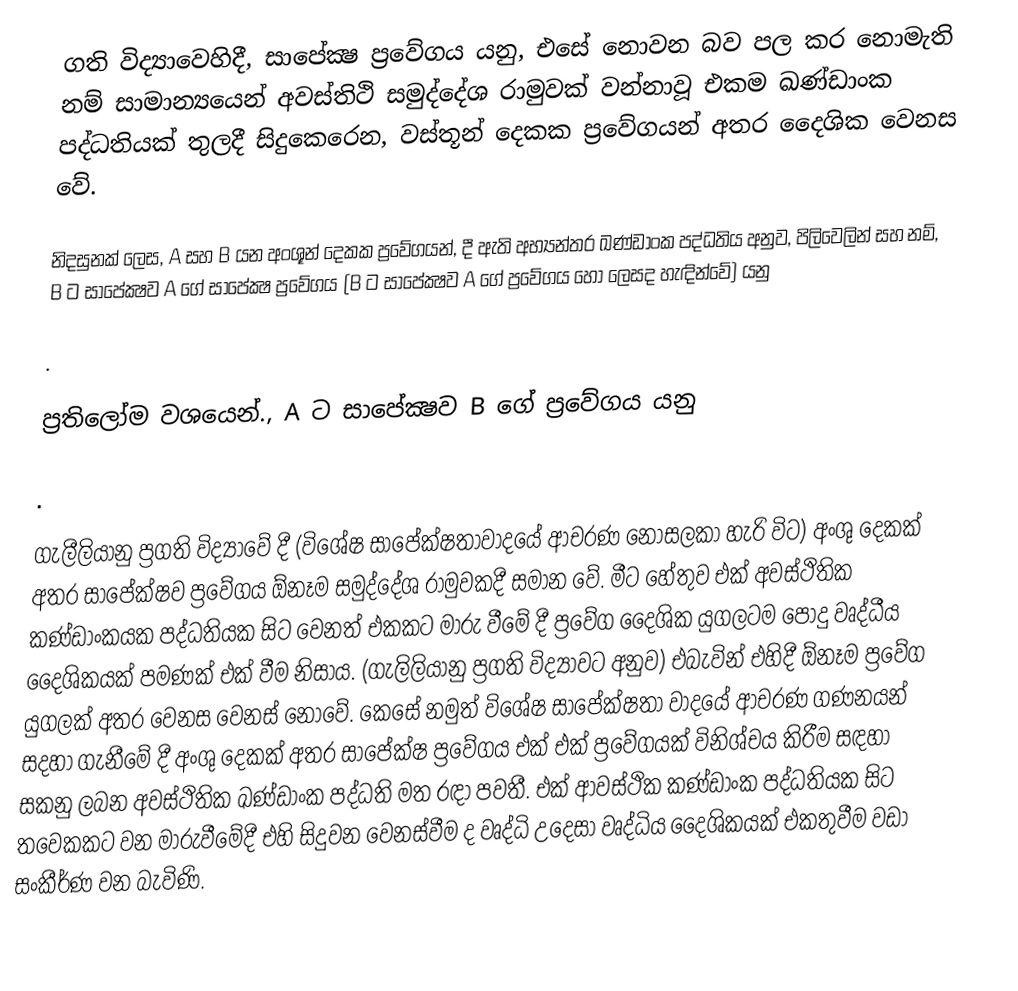
ගති විද්‍යාවෙහිදී, සාපේක්‍ෂ ප්‍රවේගය යනු, එසේ නො‍වන බව පල කර නොමැති නම් සාමාන්‍යයෙන්  අවස්තිථි සමුද්දේශ රාමුවක් වන්නාවූ එකම ඛණ්ඩාංක පද්ධතියක් තුලදී සිදුකෙරෙන,  වස්තූන් දෙකක ප්‍රවේගයන් අතර දෛශික වෙනස වේ.

නිදසුනක් ලෙස, A සහ B යන අංශූන් දෙකක ප්‍රවේගයන්, දී ඇති අභ්‍යන්තර ඛණ්ඩාංක පද්ධතිය අනුව, පිලිවෙලින්   සහ  නම්, B ට සාපේක්‍ෂව  A ගේ සාපේක්‍ෂ ප්‍රවේගය (B ට සාපේක්‍ෂව A ගේ ප්‍රවේගය හෝ  ලෙසද හැඳින්වේ) යනු

.

ප්‍රතිලෝම වශයෙන්., A ට සාපේක්‍ෂව B ගේ ප්‍රවේගය යනු

.

ගැලීලියානු ප්‍රගති විද්‍යාවේ දී (විශේෂ සාපේක්ෂතාවාදයේ  ආචරණ නොසලකා හැරි විට) අංශු දෙකක් අතර සාපේක්ෂව ප්‍රවේගය ඕනෑම සමුද්දේශ රාමුවකදී සමාන වේ. මීට හේතුව එක් අවස්ථිතික කණ්ඩාංකයක පද්ධතියක සිට වෙනත් එකකට මාරු වීමේ දී ප්‍රවේග දෛශික යුගලටම පොදු වෘද්ධීය දෛශිකයක් පමණක් එක් වීම නිසාය. (ගැලිලියානු ප්‍රගති විද්‍යාවට අනුව) එබැවින් එහිදී ඕනෑම ප්‍රවේග යුගලක් අතර වෙනස වෙනස් නොවේ. කෙසේ නමුත් විශේෂ සාපේක්ෂතා වාදයේ ආචරණ ගණනයන් සදහා ගැනීමේ දී අංශු දෙකක් අතර සාපේක්ෂ ප්‍රවේගය එක් එක් ප්‍රවේගයක් විනිශ්චය කිරීම සඳහා සකනු ලබන අවස්ථිතික ඛණ්ඩාංක පද්ධති මත රඳා පවතී. එක් ආවස්ථික කණ්ඩාංක පද්ධතියක සිට තවෙකකට වන මාරුවීමේදී එහි සිදුවන වෙනස්වීම ද වෘද්ධි උදෙසා  වෘද්ධිය දෛශිකයක් එකතුවීම වඩා සංකීර්ණ වන බැවිණි.